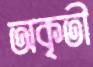
অকৃতী